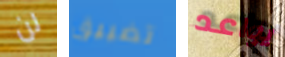
لن تضييق يواعد